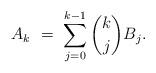
LaTeX: \begin{align*}A_k \ = \ \sum_{j=0}^{k-1} \binom{k}{j} B_j.\end{align*}